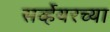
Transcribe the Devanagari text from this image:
सर्व्हेयरच्या